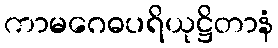
ကာမဂေဓပရိယုဋ္ဌိတာနံ